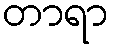
တာရာ